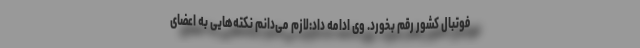
فوتبال کشور رقم بخورد. وی ادامه داد:‌لازم می‌دانم نکته‌هایی به اعضای